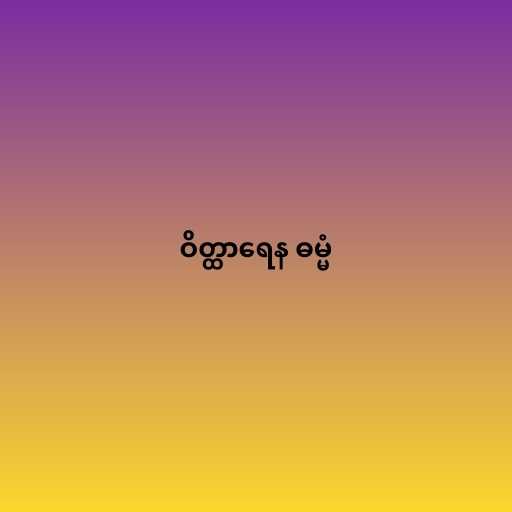
ဝိတ္ထာရေန ဓမ္မံ